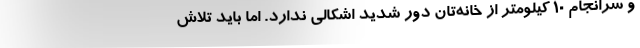
و سرانجام ۱۰ کیلومتر از خانه‌تان دور شدید اشکالی ندارد. اما باید تلاش